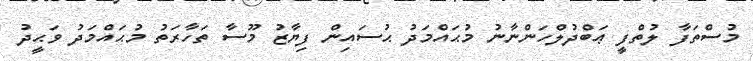
މުސްތަފާ ލުތްފީ ޢަބްދުލްހަންނާނު މުޙައްމަދު ޙުސައިން ފިޔާޒު މޫސާ ތަހާރަތު މުޙައްމަދު ވަޙީދު